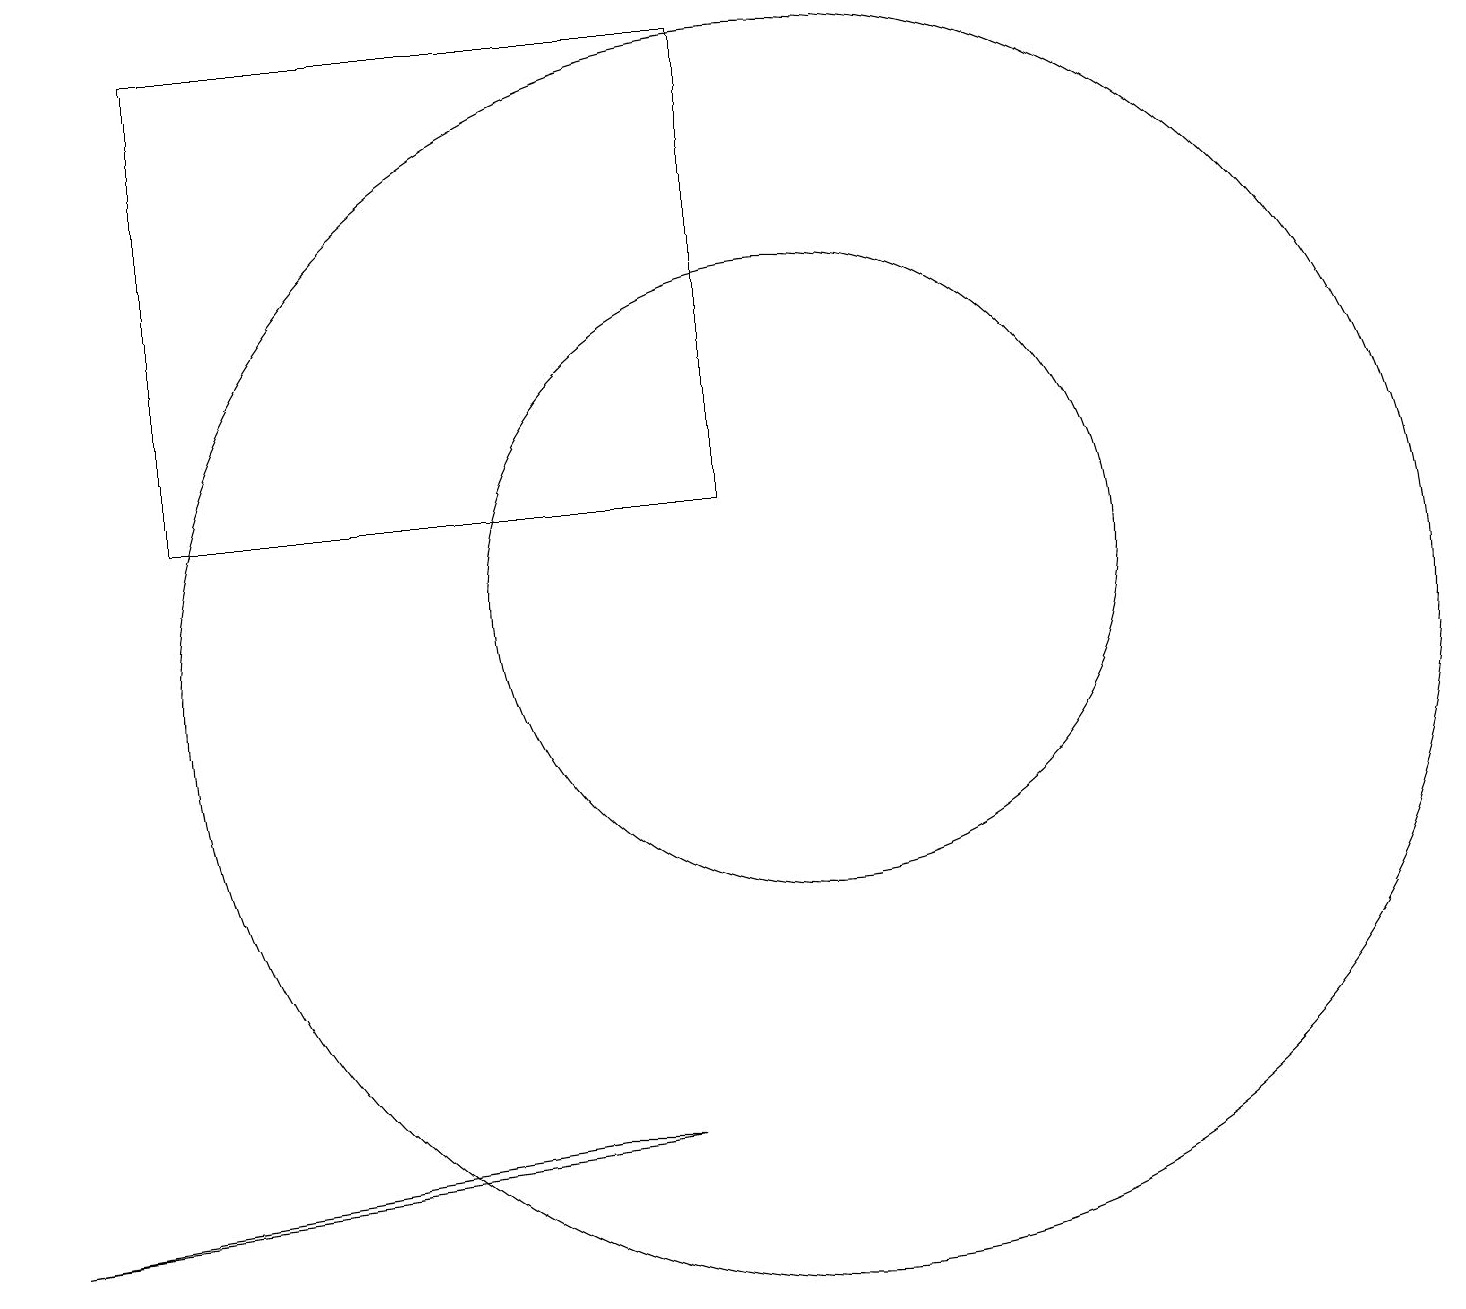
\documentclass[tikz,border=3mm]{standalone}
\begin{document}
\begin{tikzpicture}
\draw (10,10) circle (8);
\draw (8,4) -- (7,4) -- (0,3) -- cycle;
\draw (10,11) circle (4);
\draw (2,12) rectangle (9,18);
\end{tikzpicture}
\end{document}